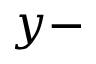
y -